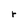
Character: r